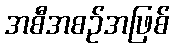
အစီအစဉ်အဖြစ်